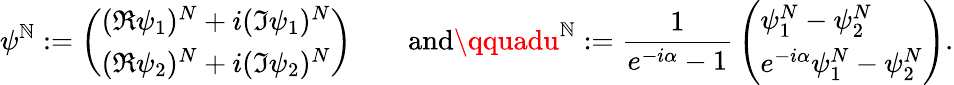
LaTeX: \psi^{\mathbb{N}}:=\left(\begin{array}{l}{(\Re\psi_{1})^{N}+i(\Im\psi_{1})^{N}}\\ {(\Re\psi_{2})^{N}+i(\Im\psi_{2})^{N}}\end{array}\right)\qquad\mathrm{{and}}\qquadu^{\mathbb{N}}:=\frac{{1}}{{e^{-i\alpha}-1}}\, \left(\begin{array}{l}{\psi_{1}^{N}-\psi_{2}^{N}}\\ {e^{-i\alpha}\psi_{1}^{N}-\psi_{2}^{N}}\end{array}\right).